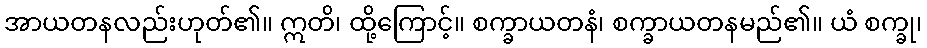
အာယတနလည်းဟုတ်၏။ ဣတိ၊ ထို့ကြောင့်။ စက္ခာယတနံ၊ စက္ခာယတနမည်၏။ ယံ စက္ခု၊